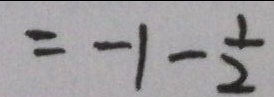
= - 1 - \frac { 1 } { 2 }